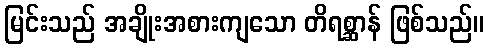
မြင်းသည် အချိုးအစားကျသော တိရစ္ဆာန် ဖြစ်သည်။